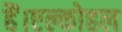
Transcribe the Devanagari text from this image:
हैं।एल्कोहल